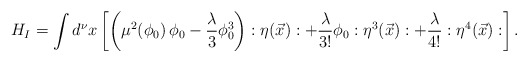
\begin{align*}H_I=\int d^{\nu}x \left[ \left(\mu^2(\phi_0) \, \phi_0 - {{\lambda}\over 3} \phi^3_0 \right):\eta(\vec {x}): + {\lambda\over {3!}} \phi_0 : \eta^3(\vec {x}): + {\lambda\over {4!}} :\eta^4(\vec {x}): \right].\end{align*}